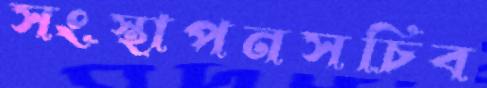
সংস্থাপনসচিব